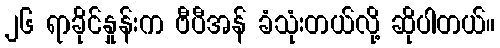
၂၆ ရာခိုင်နှုန်းက ဗီပီအန် ခံသုံးတယ်လို့ ဆိုပါတယ်။